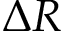
\Delta R